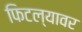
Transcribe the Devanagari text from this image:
फिटल्यावर